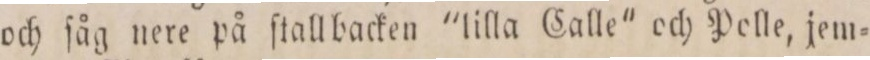
och ſåg nere på ſtallbacken "lilla Calle" och Polle, jem=